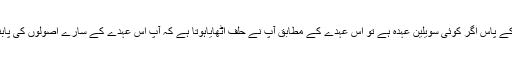
اسی طرح آپ کے پاس اگر کوئی سویلین عہدہ ہے تو اس عہدے کے مطابق آپ نے حلف اٹھایاہوتا ہے کہ آپ اس عہدے کے سارے اصولوں کی پابندی کریں گے۔